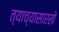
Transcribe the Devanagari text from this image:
त्याच्यासारखे